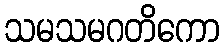
သမသမဂတိကော